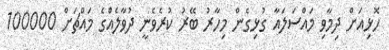
ހޮޅިއަށް ދިމާވި މައްސަލައާ ގުޅިގެން މިހާރު ބޭރު ކުރެވެނީ ދުވާލެއްގެ މައްޗަށް 100000